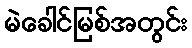
မဲခေါင်မြစ်အတွင်း